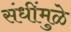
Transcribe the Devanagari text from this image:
संधींमुळे